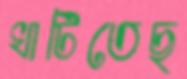
খাটিতেছ